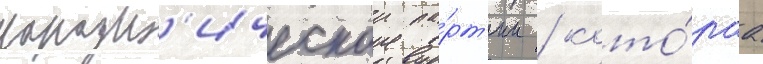
народн'ическои па́рт'ии / кото́раа